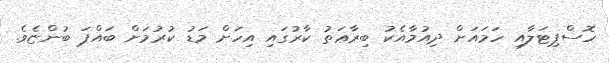
ހޮސްޕިޓަލާއި ހަމައަށް ދިއުމާއެކު ބިރާޢަތު ކާރުގައި އިހަށް މަޑު ކުރުމަށް ބައްޕަ ބުންޏެވެ.